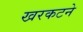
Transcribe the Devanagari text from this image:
खरकटने